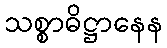
သစ္စာဓိဋ္ဌာနေန